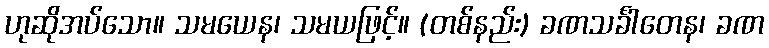
ဟုဆိုအပ်သော။ သမယေန၊ သမယဖြင့်။ (တစ်နည်း) ခဏသင်္ခါတေန၊ ခဏ